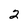
Character: 2